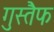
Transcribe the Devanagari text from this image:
गुस्तैफ